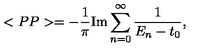
< P P > = - \frac { 1 } { \pi } \mathrm { I m } \sum _ { n = 0 } ^ { \infty } \frac { 1 } { E _ { n } - t _ { 0 } } ,